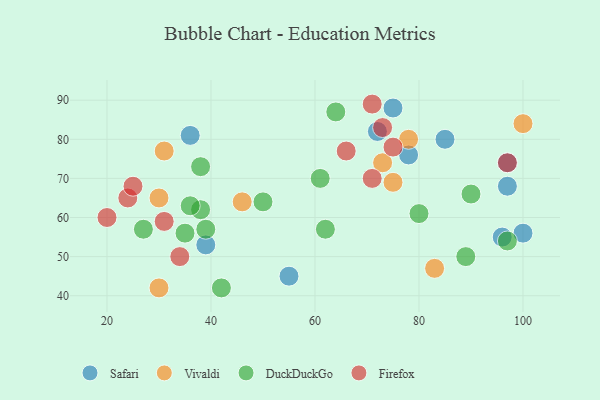
{"axis": {"x": "GDP", "y": "Life Expectancy"}, "legend": ["DuckDuckGo", "Firefox", "Safari", "Vivaldi"], "data": [{"x": "100", "y": 56, "type": "Safari"}, {"x": "78", "y": 76, "type": "Safari"}, {"x": "97", "y": 68, "type": "Safari"}, {"x": "72", "y": 82, "type": "Safari"}, {"x": "97", "y": 74, "type": "Safari"}, {"x": "39", "y": 53, "type": "Safari"}, {"x": "75", "y": 88, "type": "Safari"}, {"x": "55", "y": 45, "type": "Safari"}, {"x": "85", "y": 80, "type": "Safari"}, {"x": "96", "y": 55, "type": "Safari"}, {"x": "36", "y": 81, "type": "Safari"}, {"x": "75", "y": 69, "type": "Vivaldi"}, {"x": "31", "y": 77, "type": "Vivaldi"}, {"x": "30", "y": 65, "type": "Vivaldi"}, {"x": "78", "y": 80, "type": "Vivaldi"}, {"x": "73", "y": 74, "type": "Vivaldi"}, {"x": "46", "y": 64, "type": "Vivaldi"}, {"x": "30", "y": 42, "type": "Vivaldi"}, {"x": "83", "y": 47, "type": "Vivaldi"}, {"x": "100", "y": 84, "type": "Vivaldi"}, {"x": "62", "y": 57, "type": "DuckDuckGo"}, {"x": "97", "y": 54, "type": "DuckDuckGo"}, {"x": "42", "y": 42, "type": "DuckDuckGo"}, {"x": "64", "y": 87, "type": "DuckDuckGo"}, {"x": "27", "y": 57, "type": "DuckDuckGo"}, {"x": "80", "y": 61, "type": "DuckDuckGo"}, {"x": "50", "y": 64, "type": "DuckDuckGo"}, {"x": "89", "y": 50, "type": "DuckDuckGo"}, {"x": "61", "y": 70, "type": "DuckDuckGo"}, {"x": "35", "y": 56, "type": "DuckDuckGo"}, {"x": "38", "y": 62, "type": "DuckDuckGo"}, {"x": "39", "y": 57, "type": "DuckDuckGo"}, {"x": "90", "y": 66, "type": "DuckDuckGo"}, {"x": "36", "y": 63, "type": "DuckDuckGo"}, {"x": "38", "y": 73, "type": "DuckDuckGo"}, {"x": "20", "y": 60, "type": "Firefox"}, {"x": "31", "y": 59, "type": "Firefox"}, {"x": "34", "y": 50, "type": "Firefox"}, {"x": "75", "y": 78, "type": "Firefox"}, {"x": "71", "y": 89, "type": "Firefox"}, {"x": "24", "y": 65, "type": "Firefox"}, {"x": "71", "y": 70, "type": "Firefox"}, {"x": "73", "y": 83, "type": "Firefox"}, {"x": "25", "y": 68, "type": "Firefox"}, {"x": "66", "y": 77, "type": "Firefox"}, {"x": "97", "y": 74, "type": "Firefox"}]}